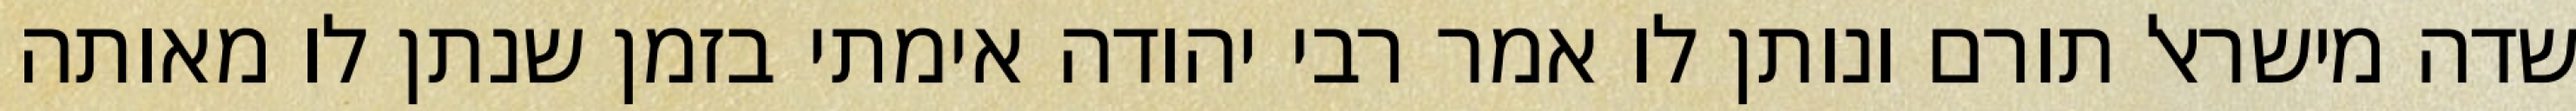
שדה מישראל תורם ונותן לו אמר רבי יהודה אימתי בזמן שנתן לו מאותה